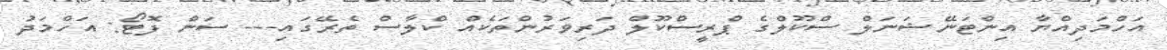
އަހްމަދިއްޔާ އިންޓަނޭޝަނަލް ސްކޫލްގެ ޕްރީސްކޫލް ދަރިވަރުންތަކެއް ކްލާސް ތެރޭގައި--- ސަން ފޮޓޯ: އަހްމަދު